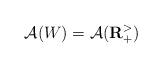
LaTeX: \begin{align*}\mathcal{A}(W)=\mathcal{A}(\mathbf{R}_{+}^{>})\end{align*}